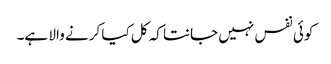
کوئی نفس نہیں جانتا کہ کل کیا کرنے والا ہے۔